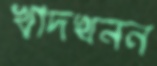
খাদখনন